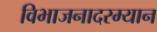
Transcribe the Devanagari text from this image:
विभाजनादरम्यान